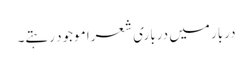
دربار میں درباری شعرا موجود رہتے۔